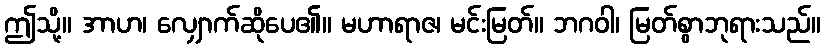
ဤသို့။ အာဟ၊ လျှောက်ဆိုပေ၏။ မဟာရာဇ၊ မင်းမြတ်။ ဘဂဝါ၊ မြတ်စွာဘုရားသည်။